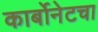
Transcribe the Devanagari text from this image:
कार्बोनेटचा